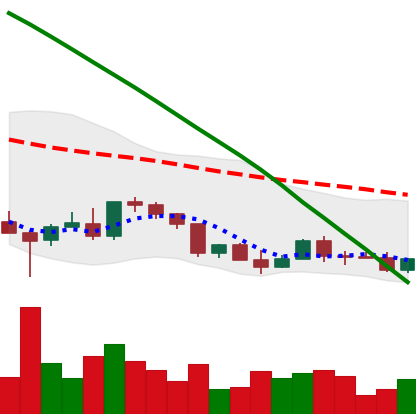
Ticker: EOS-USD
Chart end date: 2022-03-14
Forward return: 12.667%
Label: up_7plus